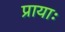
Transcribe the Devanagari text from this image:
प्रायाः